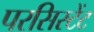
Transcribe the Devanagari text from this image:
परसिस्टेंट